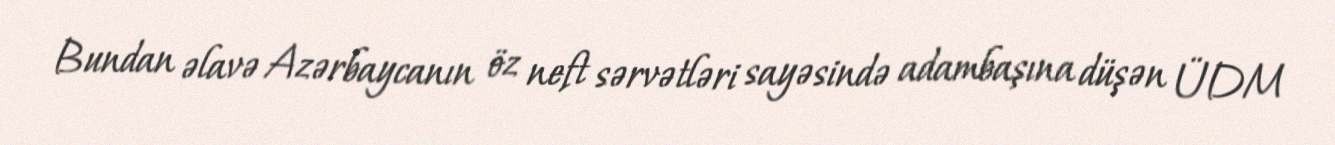
Bundan əlavə Azərbaycanın öz neft sərvətləri sayəsində adambaşına düşən ÜDM